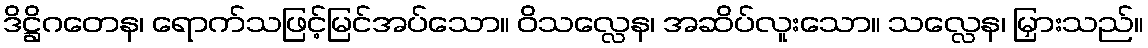
ဒိဋ္ဌိဂတေန၊ ရောက်သဖြင့်မြင်အပ်သော။ ဝိသလ္လေန၊ အဆိပ်လူးသော။ သလ္လေန၊ မြှားသည်။